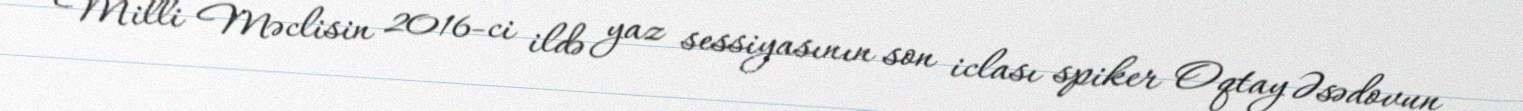
Milli Məclisin 2016-ci ildə yaz sessiyasının son iclası spiker Oqtay Əsədovun